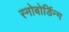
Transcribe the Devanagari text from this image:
स्नोबोर्डिन्ग